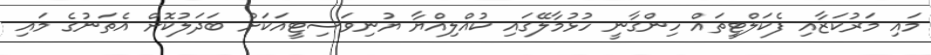
މައި މަރުކަޒާއި ފެކަލްޓީތައް ހިންގާނީ ހުޅުމާލޭގައި ކުއްލިއްޔާ ޔުނިވަސިޓީއަކަށް ބަދަލުކޮށް އެތަނުގެ މައި